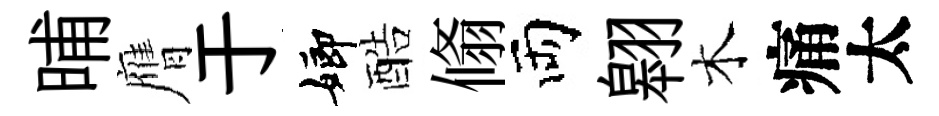
晡膺于嫏酷翛両翱木痛太